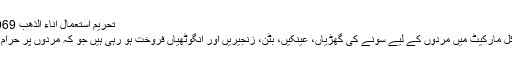
تحریم استعمال اناء الذھب 2069)
آج کل مارکیٹ میں مردوں کے لیے سونے کی گھڑیاں، عینکیں، بٹن، زنجیریں اور انگوٹھیاں فروخت ہو رہی ہیں جو کہ مردوں پر حرام ہیں۔